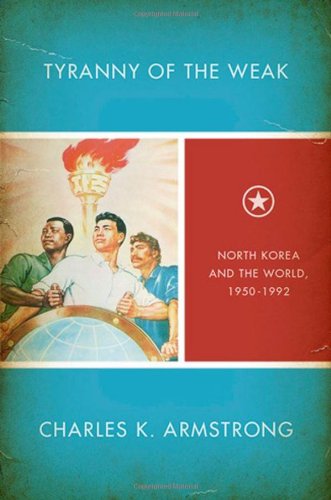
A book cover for Tyranny of the Weak: North Korea and the World, 1950-1992 (Studies of the Weatherhead East Asian Institute, Columbia University); Charles K. Armstrong; History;